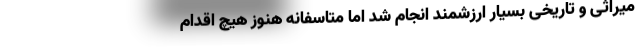
میراثی و تاریخی بسیار ارزشمند انجام شد اما متاسفانه هنوز هیچ اقدام